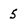
Character: 5